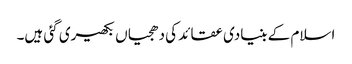
اسلام کے بنیادی عقائد کی دھجیاں بکھیری گئی ہیں۔